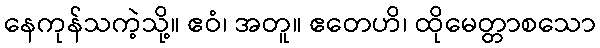
နေကုန်သကဲ့သို့။ ဧဝံ၊ အတူ။ ဧတေဟိ၊ ထိုမေတ္တာစသော